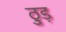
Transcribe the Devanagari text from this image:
ठुड़